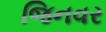
જિનવર